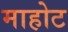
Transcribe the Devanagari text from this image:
माहोट